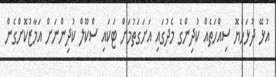
އުޅޭ ދުޅަހެޔޮ ސިއްހަތެއް ކުދިންގެ މެދުގައި އަށަގަތުމަށް ޓަކައި ސްކޫލް ކުދިންނަށް އަމާޒުކޮށްގެން